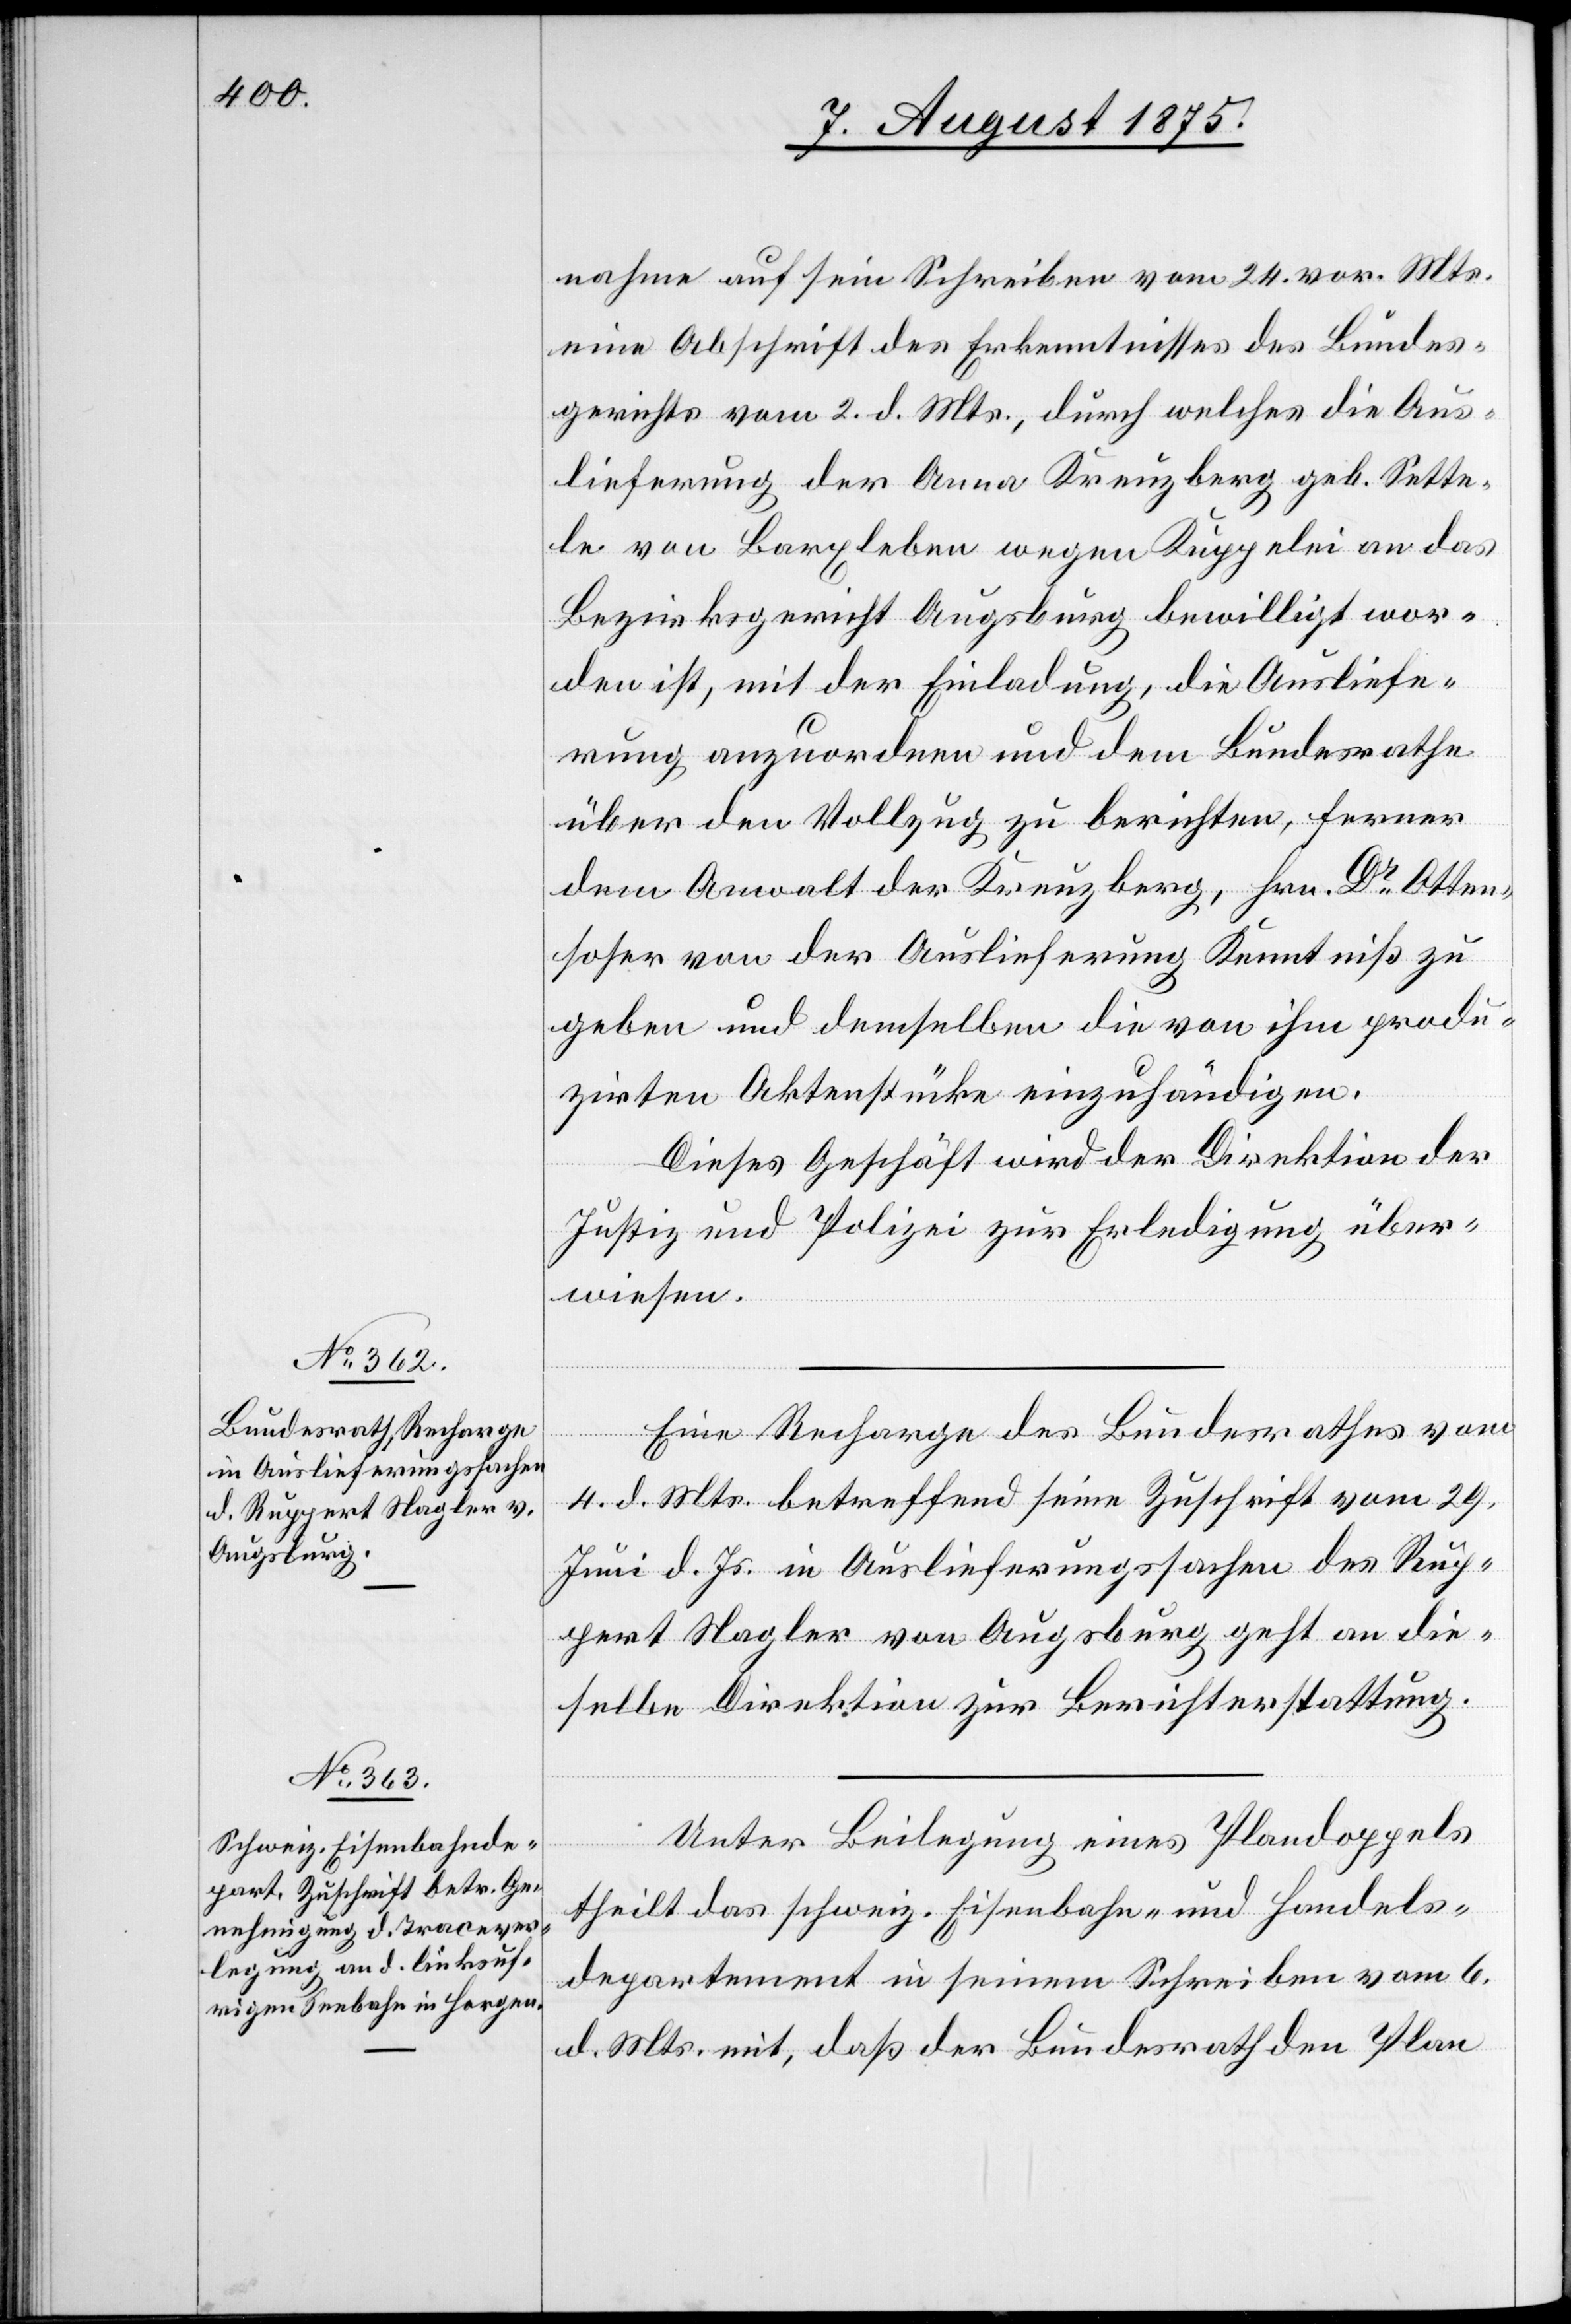
7. August 1875.]
nahme auf sein Schreiben vom 24. vor. Mts.
eine Abschrift des Erkenntnisses des Bundes¬
gerichts vom 2. d. Mts., durch welches die Aus¬
lieferung der Anna Kreuzberg geb. Sette¬
le von Barxleben wegen Kuppelei an das
Bezirksgericht Augsburg bewilligt wor¬
den ist, mit der Einladung, die Ausliefe¬
rung anzuordnen und dem Bundesrathe
über den Vollzug zu berichten, ferner
dem Anwalt der Kreuzberg, Hrn. Dr Otten¬
hofer von der Auslieferung Kenntniß zu
geben und demselben die von ihm produ¬
zirten Aktenstücke einzuhändigen.
Dieses Geschäft wird der Direktion der
Justiz und Polizei zur Erledigung über¬
wiesen.
Eine Recharge des Bundesrathes vom
4. d. Mts. betreffend seine Zuschrift vom 29.
Juni d. Js. in Auslieferungssachen des Rup¬
pert Nagler von Augsburg geht an die¬
selbe Direktion zur Berichterstattung.
Unter Beilegung eines Plandoppels
theilt das schweiz. Eisenbahn- und Handels¬
departement in seinem Schreiben vom 6.
d. Mts. mit, daß der Bundesrath den Plan